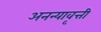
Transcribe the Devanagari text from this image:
अनन्यावृत्ती